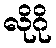
လိုဂို